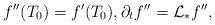
LaTeX: \begin{align*}f''(T_0)=f'(T_0),\partial_tf''=\mathcal{L}_*f'',\end{align*}